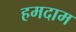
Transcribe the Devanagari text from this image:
हमदाम